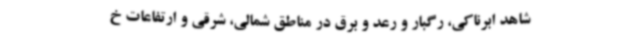
شاهد ابرناکی، رگبار و رعد و برق در مناطق شمالی، شرقی و ارتفاعات خ